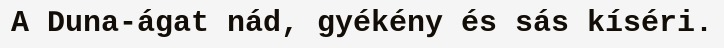
A Duna-ágat nád, gyékény és sás kíséri.